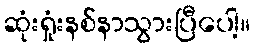
ဆုံးရှုံးနစ်နာသွားပြီပေါ့။